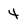
Character: 4